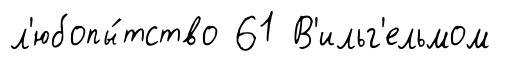
л'юбопы́тство 61 В'ильг'ельмом